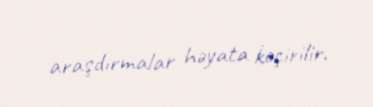
araşdırmalar həyata keçirilir.